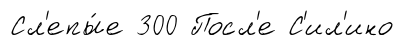
Сл'епы́е 300 Посл'е С'ил'ино